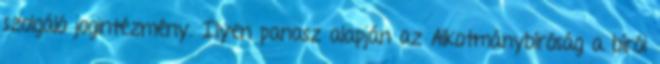
szolgáló jogintézmény. Ilyen panasz alapján az Alkotmánybíróság a bírói